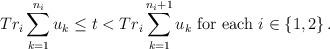
LaTeX: \begin{align*}Tr_i\sum\limits_{k=1}^{n_i}u_k\leq t<Tr_i\sum\limits_{k=1}^{n_i+1}u_k\textrm{ for each } i\in \{1,2\}\,.\end{align*}